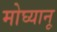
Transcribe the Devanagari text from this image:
मोघ्यानू